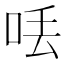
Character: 𠲍